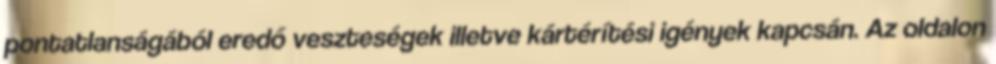
pontatlanságából eredő veszteségek illetve kártérítési igények kapcsán. Az oldalon